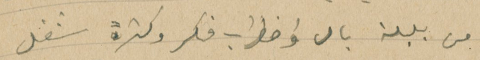
من بلبلة بال واضطراب فكر وكثرة شغل